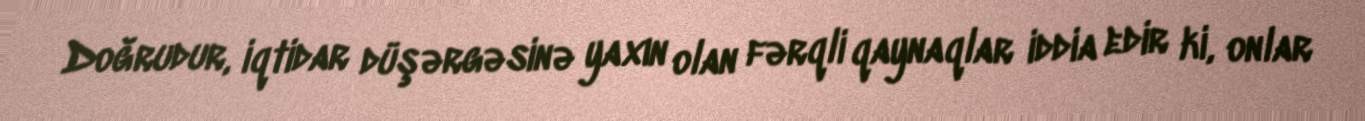
Doğrudur, iqtidar düşərgəsinə yaxın olan fərqli qaynaqlar iddia edir ki, onlar